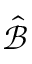
\hat { \mathcal B }